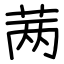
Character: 𬜯